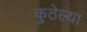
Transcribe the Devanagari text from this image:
कुठेल्या